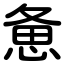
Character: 惫